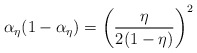
\begin{align*}\alpha_{\eta}(1-\alpha_{\eta})=\left(\frac{{\eta}}{2(1-{\eta})}\right)^2\end{align*}